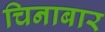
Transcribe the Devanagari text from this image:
चिनाबार